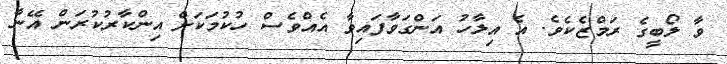
ވާ ލޯބީގެ ރަމްޒެކެވެ. އެ އިލާހު އަންގަވާފައިވާ އެއްވެސް ހުކުމަކަށް އިންކާރުކުރަން އޭނާ